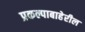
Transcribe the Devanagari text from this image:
प्रकल्पाबाहेरील